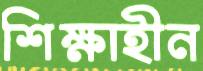
শিক্ষাহীন